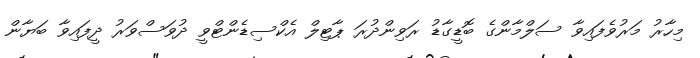
މިހާރު މަރުވެފައިވާ ސަލްމާންގެ ބޮޑީގާޑު ރަވިންދުރަ ޕާޓިލް އެކްސިޑެންޓްވީ ދުވަސްވަރު ދީފައިވާ ބަޔާން